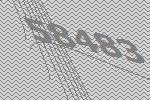
58483